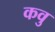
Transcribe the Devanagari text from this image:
कवु